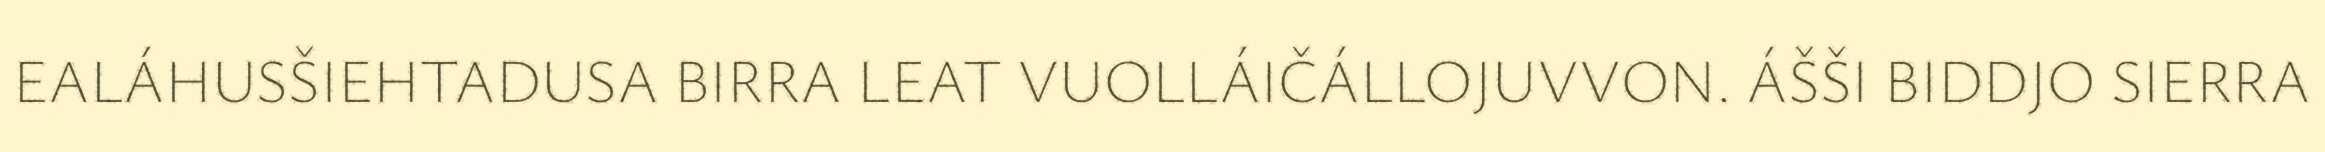
EALÁHUSŠIEHTADUSA BIRRA LEAT VUOLLÁIČÁLLOJUVVON. ÁŠŠI BIDDJO SIERRA